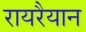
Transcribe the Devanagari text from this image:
रायरैयान